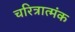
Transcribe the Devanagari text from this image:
चरित्रात्मंक